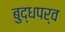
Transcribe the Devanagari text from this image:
बुद्धपर्व